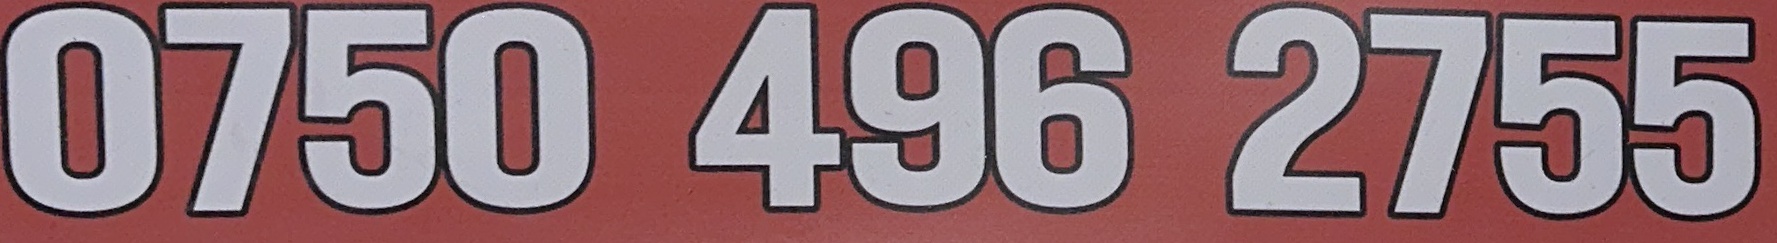
0750 496 2755